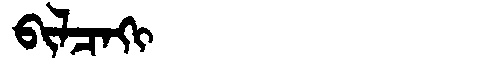
Manchu: ᠪᡳᠯᠴᠠᡴᡳ
Romanization: BILCAKI